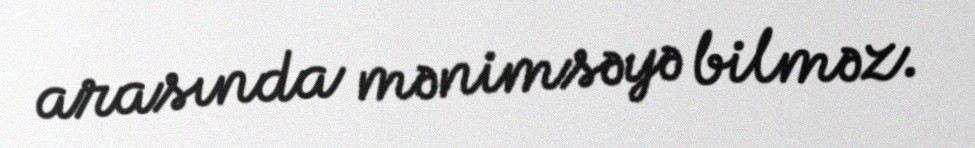
arasında mənimsəyə bilməz.